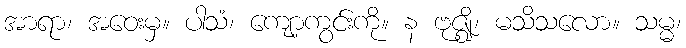
အာရာ၊ အဝေးမှ။ ပါသံ၊ ကျော့ကွင်းကို။ န ဗုဇ္ဈိ၊ မသိသလော။ သမ္မ၊